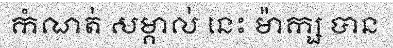
កំណត់ សម្គាល់ នេះ ម៉ាក្ស បាន